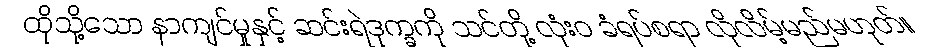
ထိုသို့သော နာကျင်မှုနှင့် ဆင်းရဲဒုက္ခကို သင်တို့ လုံးဝ ခံရပ်စရာ လိုလိမ့်မည်မဟုတ်။